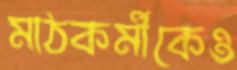
মাঠকর্মীকেও